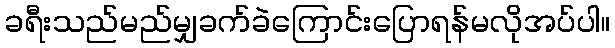
ခရီးသည်မည်မျှခက်ခဲကြောင်းပြောရန်မလိုအပ်ပါ။